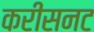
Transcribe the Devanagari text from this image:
करीसनट